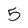
Character: 5